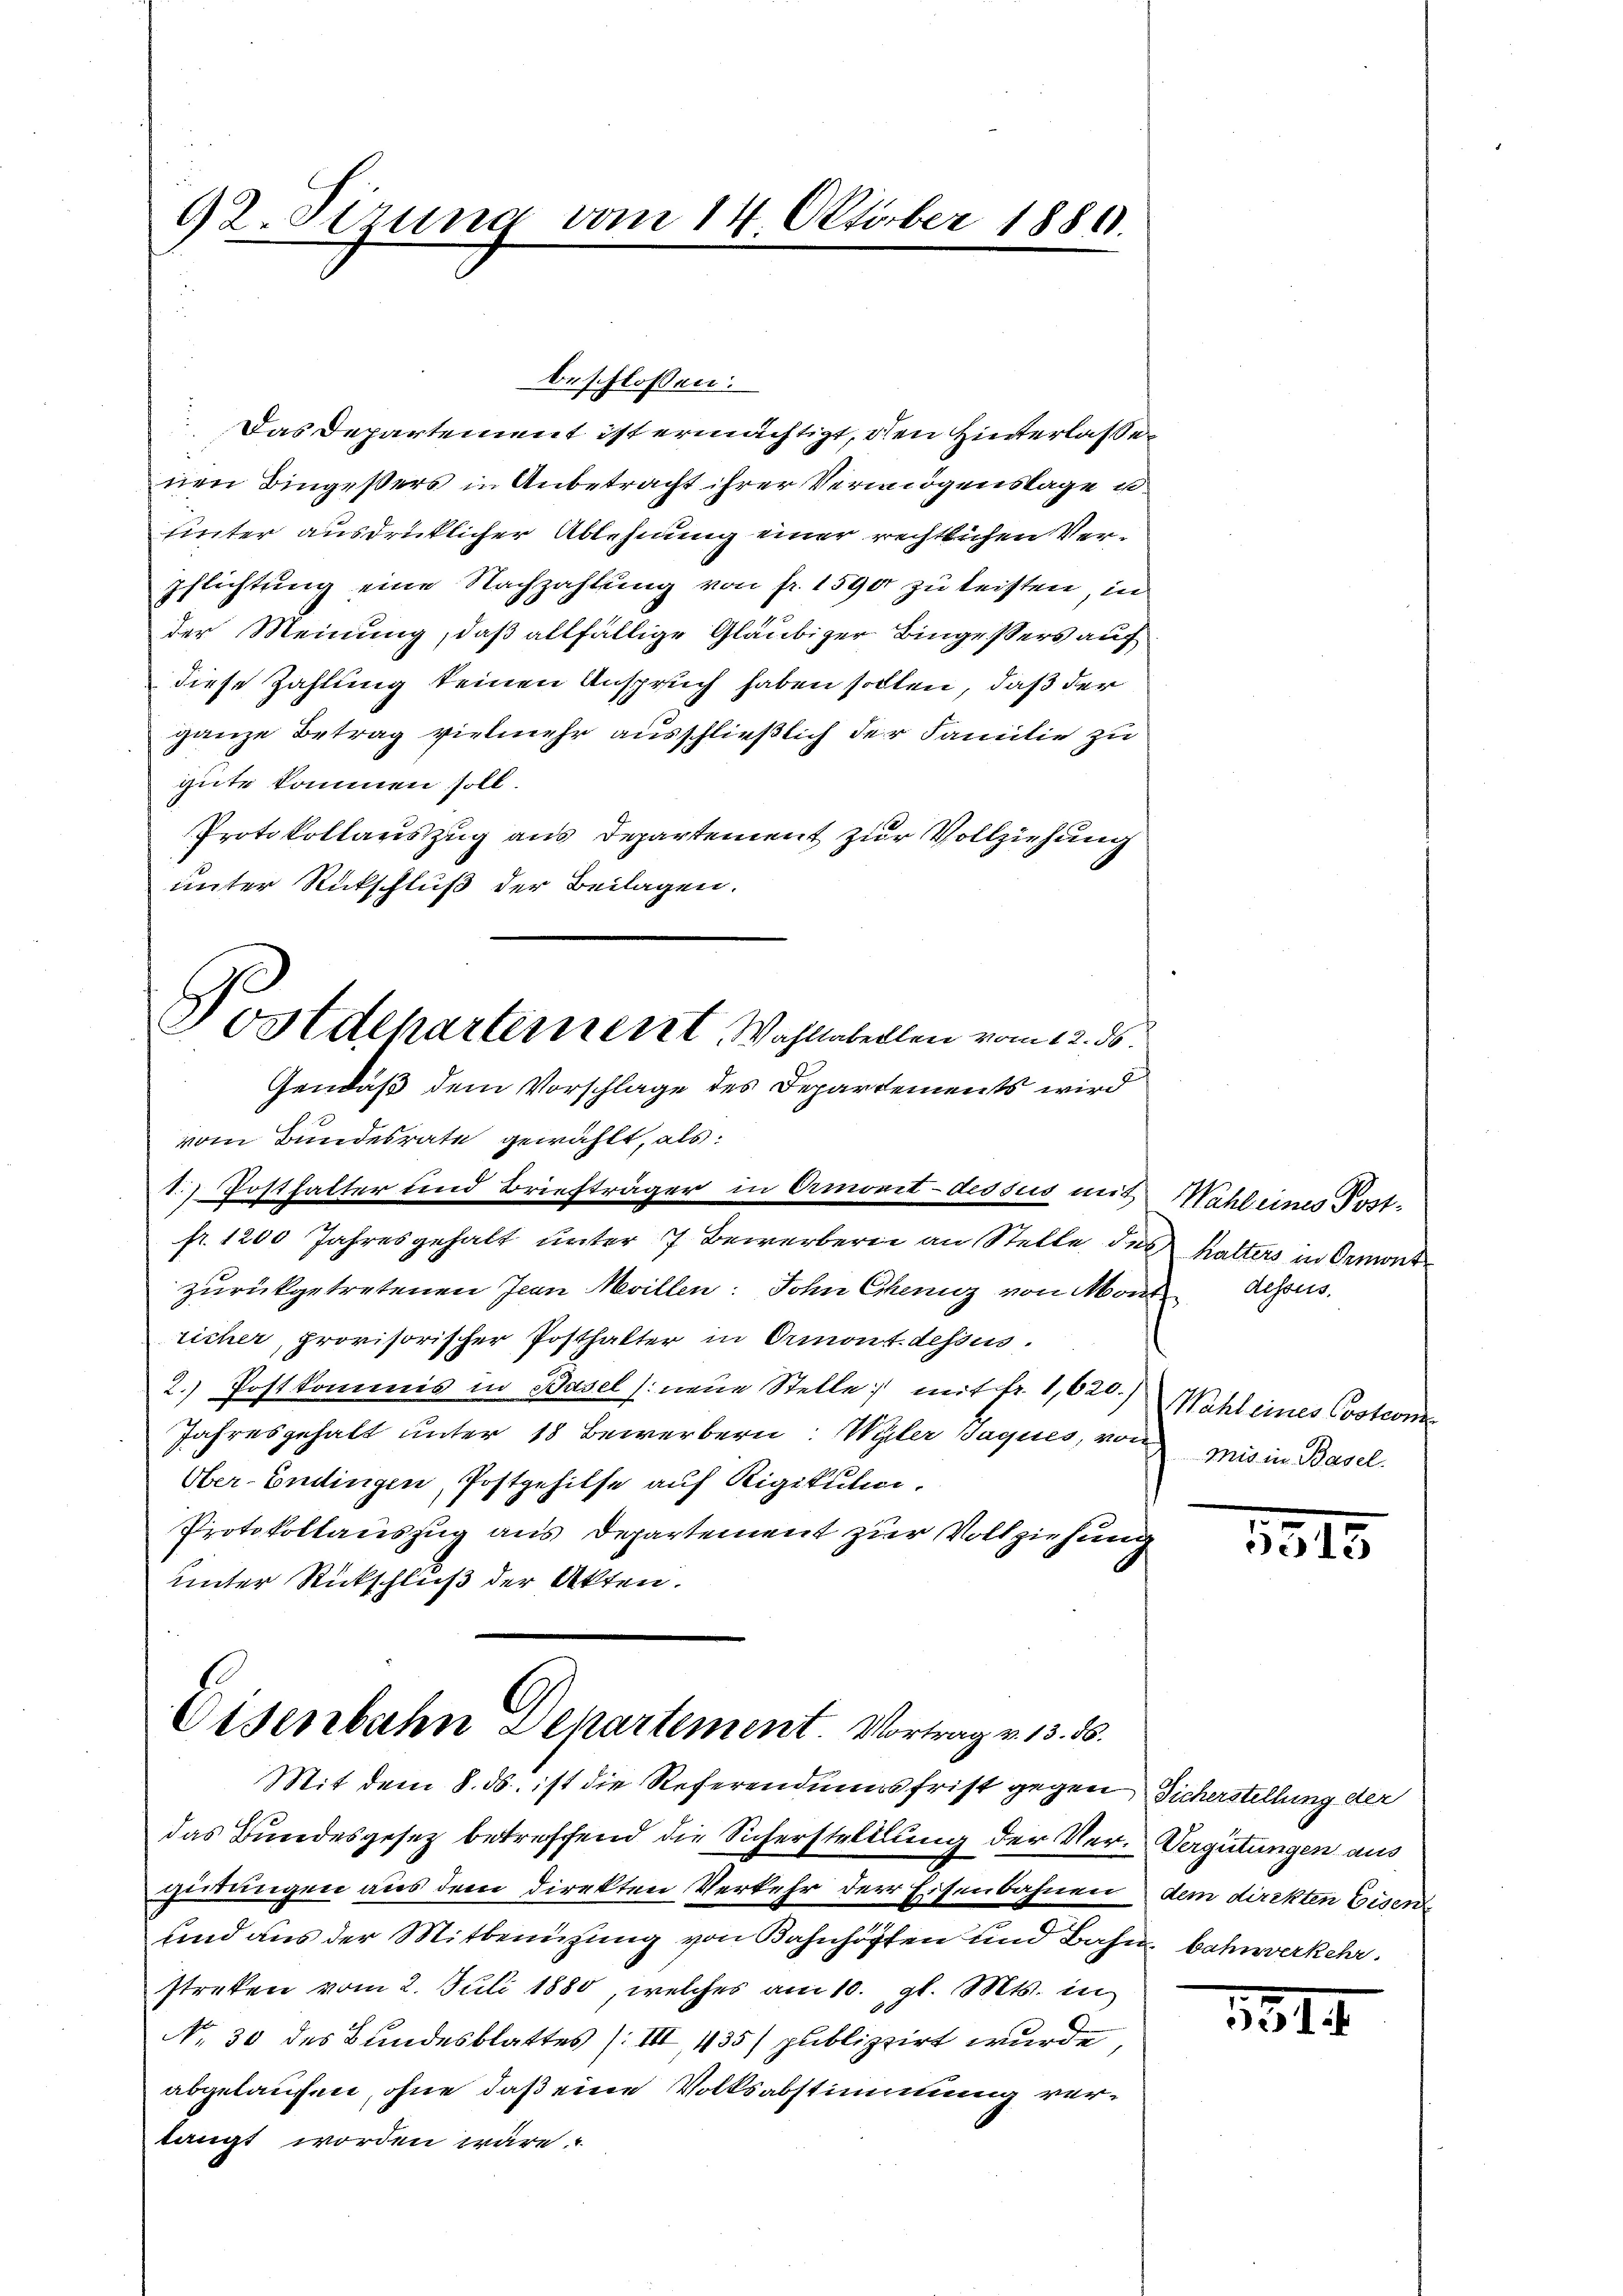
92. Sirung vom 14. Oktober 1889.

beschlossen:
Das Departement ist ermächtigt, den Hinterlasse
nen Bingesters in Anbetracht ihrer Vermögenslage u.
Hinter ausdrücklicher Ablehnung einer rechtlichen Ver¬
Pflichtung eine Nachzahlung von fr. 1590 zu leisten, in
der Meinung, daß allfällige Gläubiger Bingessers auf
diese Zahlung keinen Anspruch haben sollen, daß der
ganze Betrag vielmehr ausschließlich der Familie zu
gute kommen soll.
Protokollauszug aus Departement zur Vollziehung
unter Rückschluß der Beilagen.
Postdepartement Wahllabellen vom 12. ds.
Gendaß dem Vorschlage des Departements wird
vom Bundesrate gewählt, als:
1) Posthalter und Briefträger in Ormonit-dessus mit
fr. 1200 Jahresgehalt unter 7 Bewerberei an Stelle des halters in Ormont
zurückgetretenen Jean Maillen. Sohn Chenz von Mon
richer, provisorischer Posthalter in Ormont-dessus.
2. Postkommis in Basel neue Stelle mit fr. 1,620.)
Jahresgehalt unter 18 Bewerbern: Wyler Jaques, von
Ober-Endingen, Postgehilfe auf Rigikulin,
Protokollauszug aus Departement zur Vollziehung
unter Rückschluß der Akten.

Eisenbahn Departement. Vortrag v. 13. 56.
Mit dem 8. ds. ist die Referendiums frist gegen Sicherstellung der

das Bundesgesetz betreffend die Sicherstelllung der Ver-Vergütungen aus
gütungen aus dem direkten Verkehr der Eisenbahnen dem direkten Eisen
und aus der Mitbenützung von Bahnhöffen und Bahn bahnverkehr.
streken vom 2. Juli 1880, welches am 10. gl. Mts. in
No. 30 des Bundesblattes (III, 135) publizirt wurde,
abgelaufen, ohne daß eine Volksabstimmung vertangt worden wäre.

Wahl eines Post¬
A desses.
Wahl eines Costrone
Mis in Basel.

1315.

1814.